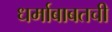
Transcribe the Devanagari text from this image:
धर्माबाबतची